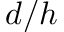
d / h